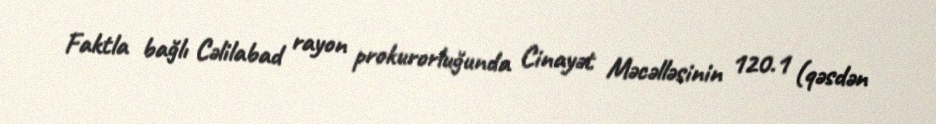
Faktla bağlı Cəlilabad rayon prokurorluğunda Cinayət Məcəlləsinin 120.1 (qəsdən